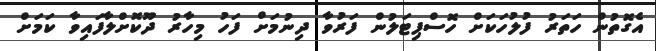
އެގޮތުން ހަތަރު ފުލުހަކަށް ހޮސްޕިޓަލުން ފަރުވާ ދިނުމަށް ފަހު މިހާރު ދޫކޮށްލާފައިވާ ކަމަށް